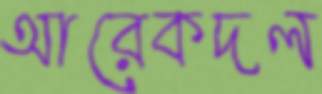
আরেকদল